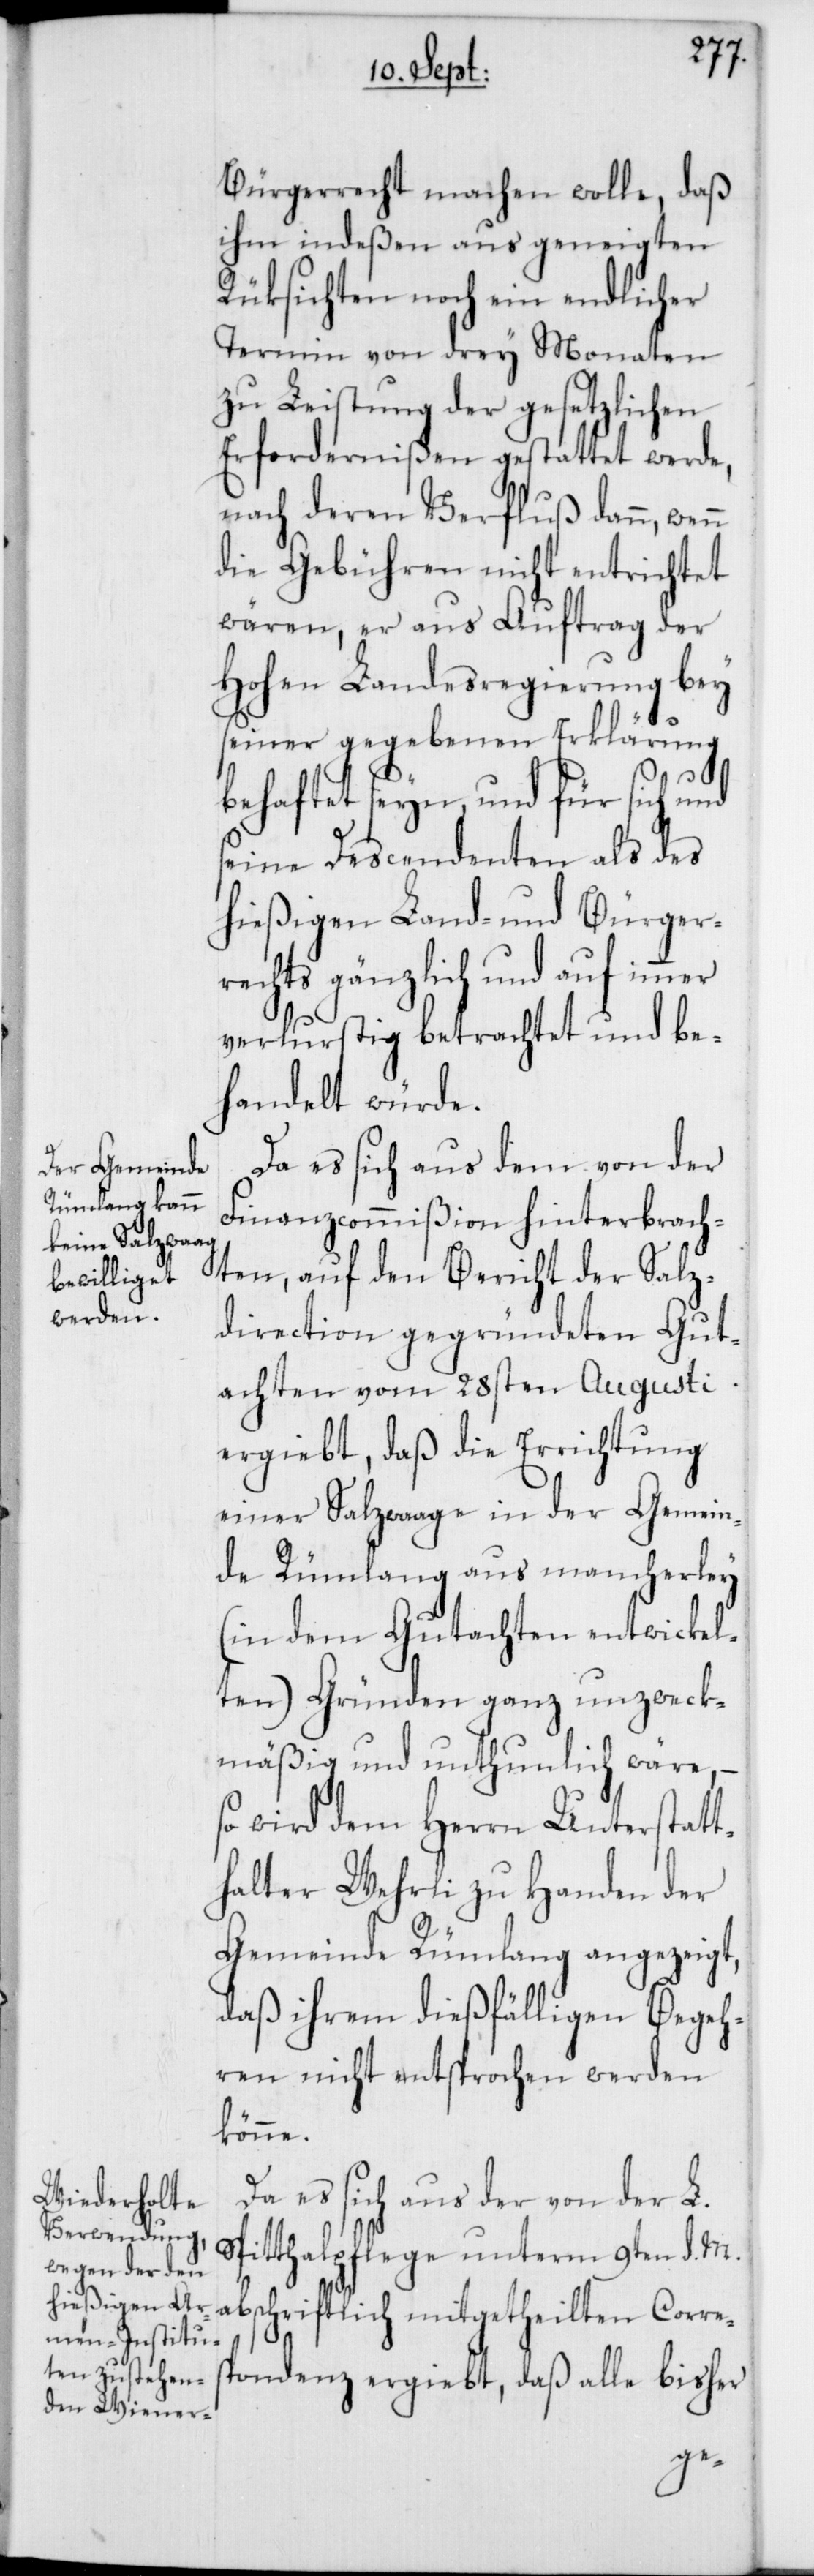
Bürgerrecht machen wolle, daß
ihm indeßen aus geneigten
Rüksichten noch ein endlicher
Termin von drey Monaten
zu Leistung der gesetzlichen
Erfordernißen gestattet werde,
nach deren Verfluß dann, wen¬
die Gebühren nicht entrichtet
wären, er aus Auftrag der
Hohen Landesregierung bey
seiner gegebenen Erklärung
behaftet seyn, und für sich und
seine Descendenten als des
hießigen Land- und Bürger¬
rechts gänzlich und auf immer
verlustig betrachtet und be¬
handelt würde.
Da es sich aus dem von der
Finanzcommißion hinterbrach¬
ten, auf den Bericht der Salz¬
direction gegründeten Gut¬
achten vom 28sten Augusti
ergibt, daß die Errichtung
einer Salzwaage in der Gemein¬
de Rümlang aus mancherley
(in dem Gutachten entwickel¬
ten) Gründen ganz unzweck¬
mäßig und unthunlich wäre, –
so wird dem Herrn Unterstat¬
thalter Wehrli zu Handen der
Gemeinde Rümlang angezeigt,
daß ihrem dießfälligen Begeh¬
ren nicht entsprochen werden
könne.
Da es sich aus der von der L.
Spitthalpflege unterm 9ten d. M.
abschriftlich mitgetheilten Corres¬
n
pondenz ergiebt, daß alle bisher